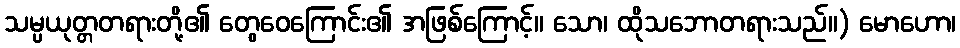
သမ္ပယုတ္တတရားတို့၏ တွေဝေကြောင်း၏ အဖြစ်ကြောင့်။ သော၊ ထိုသဘောတရားသည်။) မောဟော၊